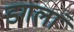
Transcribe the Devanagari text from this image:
डगलां